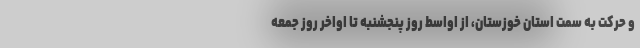
و حرکت به سمت استان خوزستان، از اواسط روز پنجشنبه تا اواخر روز جمعه